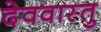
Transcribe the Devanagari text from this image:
देववास्तु